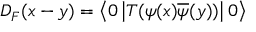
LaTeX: D _ { F } ( x - y ) = \left\langle 0 \left| T ( \psi ( x ) { \overline { { \psi } } } ( y ) ) \right| 0 \right\rangle